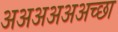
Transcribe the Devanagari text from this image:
अअअअअअच्छा